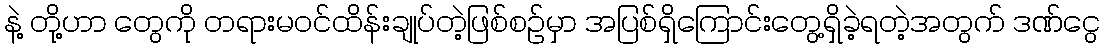
နဲ့ တို့ဟာ တွေကို တရားမဝင်ထိန်းချုပ်တဲ့ဖြစ်စဉ်မှာ အပြစ်ရှိကြောင်းတွေ့ရှိခဲ့ရတဲ့အတွက် ဒဏ်ငွေ